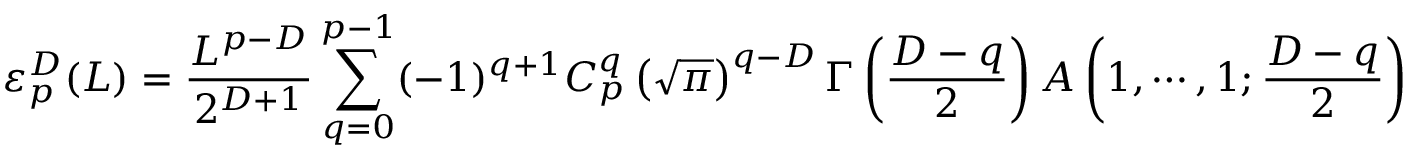
\varepsilon _ { p } ^ { D } ( L ) = \frac { L ^ { p - D } } { 2 ^ { D + 1 } } \sum _ { q = 0 } ^ { p - 1 } ( - 1 ) ^ { q + 1 } C _ { p } ^ { q } \left( \sqrt { \pi } \right) ^ { q - D } \Gamma \left( \frac { D - q } { 2 } \right) A \left( 1 , \cdots , 1 ; \frac { D - q } { 2 } \right)